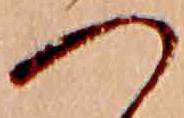
つ